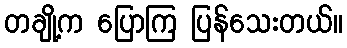
တချို့က ပြောကြ ပြန်သေးတယ်။